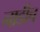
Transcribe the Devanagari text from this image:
नाडीच